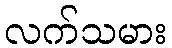
လက်သမား